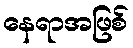
နေရာအဖြစ်